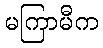
မကြာမီက